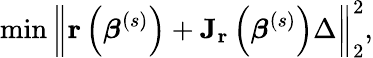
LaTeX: \operatorname*{min}\left\| \mathbf{r}\left({\boldsymbol{\beta}}^{(s)}\right)+\mathbf{J_{r}}\left({\boldsymbol{\beta}}^{(s)}\right)\Delta\right\| _{2}^{2},